Annual statistical returns and brief notes on vaccination in Bengal - 1909-1929
Year: 1909
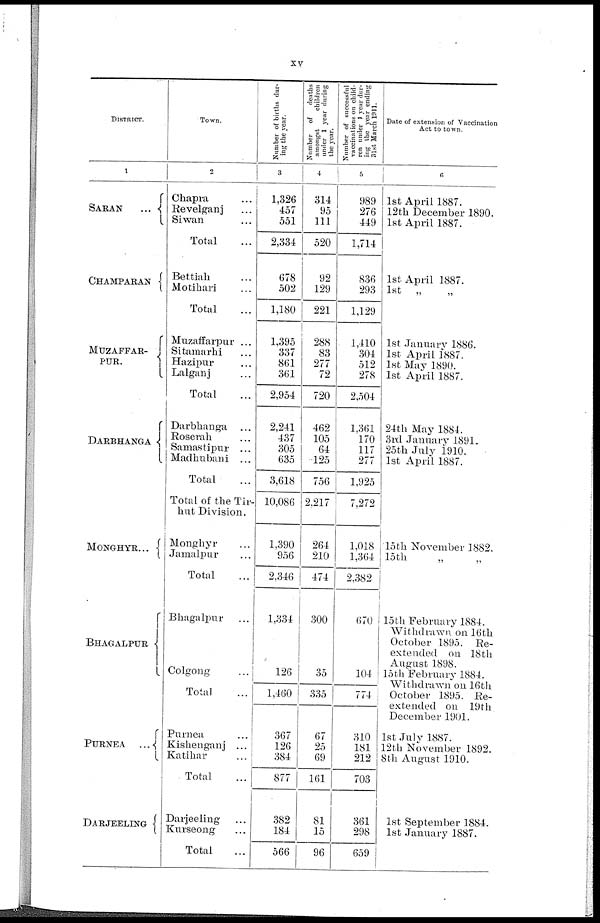
xv
DISTRICT.
1
SARAN
...
CHAMPARAN
MUZAFFAR-
PUR.
DARBHANGA
MONGHYR ...
BHAGALPUR
PURNEA
...
DARJEELING
Town.
2
Chapra ...
Revelganj ...
Siwan ...
Total ...
Bettiah ...
Motihari ...
Total ...
Muzaffarpur ...
Sitamarhi ...
Hazipur ...
Lalganj ...
Total ...
Darbhanga ...
Roserah ...
Samastipur ...
Madhubani ...
Total ...
Total of the Tir-
hut Division.
Monghyr ...
Jamalpur ...
Total ...
Bhagalpur ...
Colgong ...
Total ...
Purnea ...
Kishenganj ...
Katihar ...
Total ...
Darjeeling ...
Kurseong ...
Total ...
Number of births dur-
ing the year.
3
1,326
457
551
2,334
678
502
1,180
1,395
337
861
361
2,954
2,241
437
305
635
3,618
10,086
1,390
956
2,346
1,334
126
1,460
367
126
384
877
382
184
566
Number of
deaths
amongst
children
under 1 year during
the year.
4
314
95
111
520
92
129
221
288
83
277
72
720
462
105
64
125
756
2,217
264
210
474
300
35
335
67
25
69
161
81
15
96
Number of successful
vaccinations on child-
ren under 1 year dur-
ing the year ending
31st March 1911.
5
989
276
449
1,714
836
293
1,129
1,410
304
512
278
2,504
1,361
170
117
277
1,925
7,272
1,018
1,364
2,382
670
104
774
310
181
212
703
361
298
659
Date of extension of Vaccination
Act to town.
6
1st April 1887.
12th December 1890.
1st April 1887.
1st April 1887.
1st „ „
1st January 1886.
1st April 1887.
1st May 1890.
1st April 1887.
24th May 1884.
3rd January 1891.
25th July 1910.
1st April 1887.
15 th November 1882.
15th
15th February 1884.
Withdrawn on 16th
October 1895. Re-
extended on 18th
August 1898.
15th February 1884.
Withdrawn on 16th
October 1895. Re-
extended on 19th
December 1901.
1st July 1887.
12th November 1892.
8th August 1910.
1st September 1884.
1st January 1887.